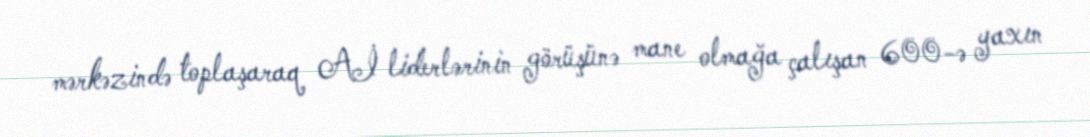
mərkəzində toplaşaraq Aİ liderlərinin görüşünə mane olmağa çalışan 600-ə yaxın